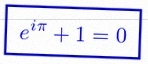
e^{i\pi}+1=0